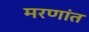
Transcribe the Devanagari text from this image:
मरणांत